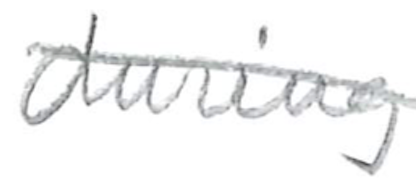
Text: during
Cross-out: mix
Writing tool: pencil